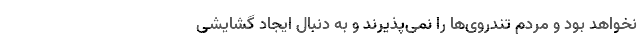
نخواهد بود و مردم تندروی‌ها را نمی‌پذیرند و به دنبال ایجاد گشایشی